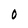
Character: O